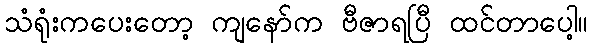
သံရုံးကပေးတော့ ကျနော်က ဗီဇာရပြီ ထင်တာပေါ့။